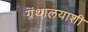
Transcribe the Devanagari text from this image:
ग्रंथालयाशी